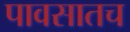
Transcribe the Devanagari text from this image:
पावसातच